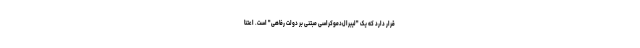
قرار دارد که یک "لیبرال‌دموکراسیِ مبتنی بر دولت رفاهی" است. اعتنا